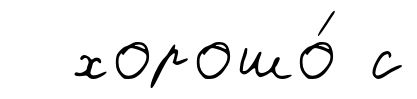
хорошо́ с